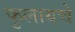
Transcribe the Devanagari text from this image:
फुलायचे